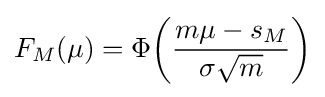
F_{M}(\mu )=\Phi {\left({\frac {m\mu -s_{M}}{\sigma {\sqrt {m}}}}\right)}